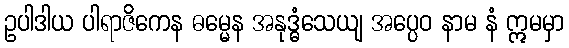
ဥပါဒါယ ပါရာဇိကေန ဓမ္မေန အနုဒ္ဓံသေယျ အပ္ပေဝ နာမ နံ ဣမမှာ